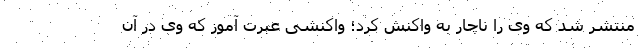
منتشر شد که وی را ناچار به واکنش کرد؛ واکنشی عبرت آموز که وی در آن